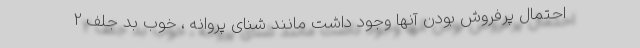
احتمال پرفروش بودن آنها وجود داشت مانند شنای پروانه ، خوب بد جلف 2